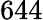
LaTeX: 644